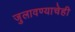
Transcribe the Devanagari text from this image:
जुलावण्याचेही